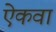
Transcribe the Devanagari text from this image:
ऐकवा